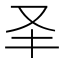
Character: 𠬤